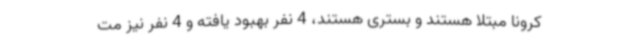
کرونا مبتلا هستند و بستری هستند، 4 نفر بهبود یافته و 4 نفر نیز مت